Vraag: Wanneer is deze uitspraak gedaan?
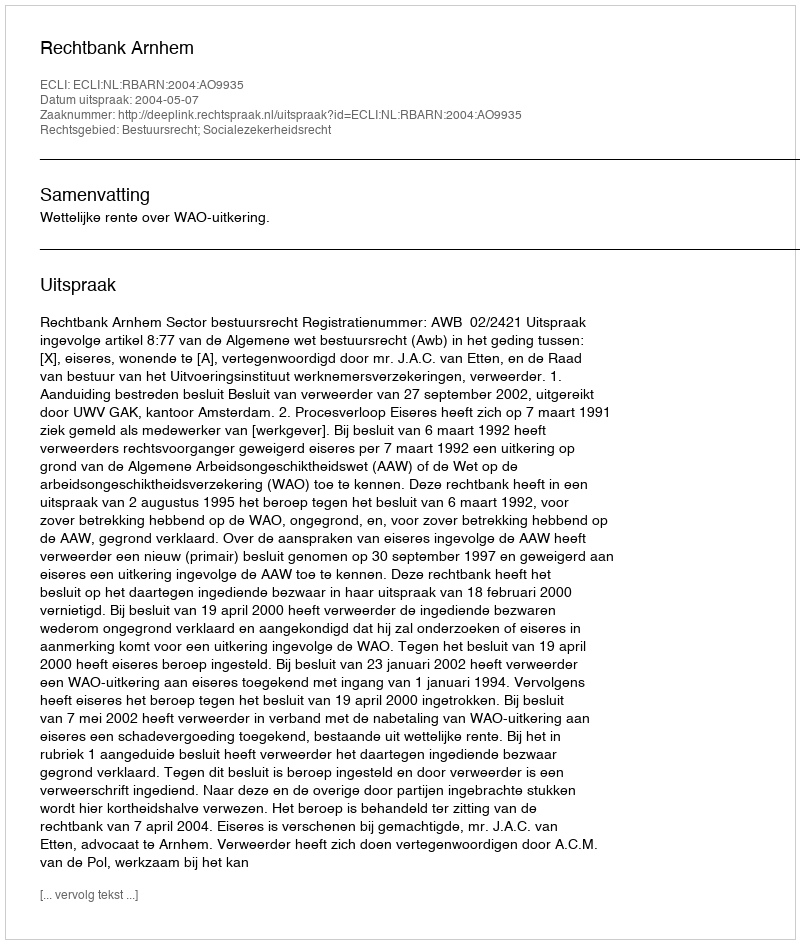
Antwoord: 2004-05-07